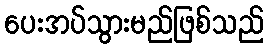
ပေးအပ်သွားမည်ဖြစ်သည်